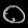
Digit: ၀